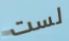
لست